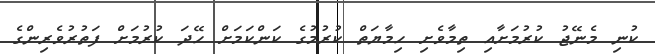
ކުނި މެނޭޖު ކުރުމަށާއި ތިމާވެށި ހިމާޔަތް ކުރުމުގެ ކަންކަމަށް ހޭދަ ކުރުމަށް ފަތުރުވެރިންގެ